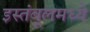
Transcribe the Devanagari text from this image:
इस्तंबूलमध्ये